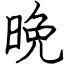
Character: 晩